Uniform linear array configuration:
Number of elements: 24
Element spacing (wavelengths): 0.25
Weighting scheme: hamming
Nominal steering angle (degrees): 60
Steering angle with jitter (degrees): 58.436
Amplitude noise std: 0.05
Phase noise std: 0.05

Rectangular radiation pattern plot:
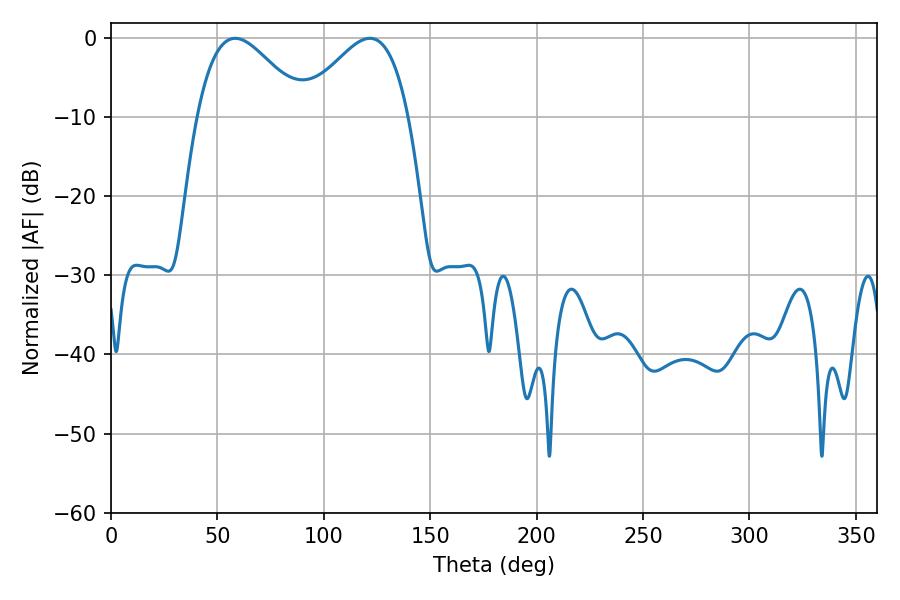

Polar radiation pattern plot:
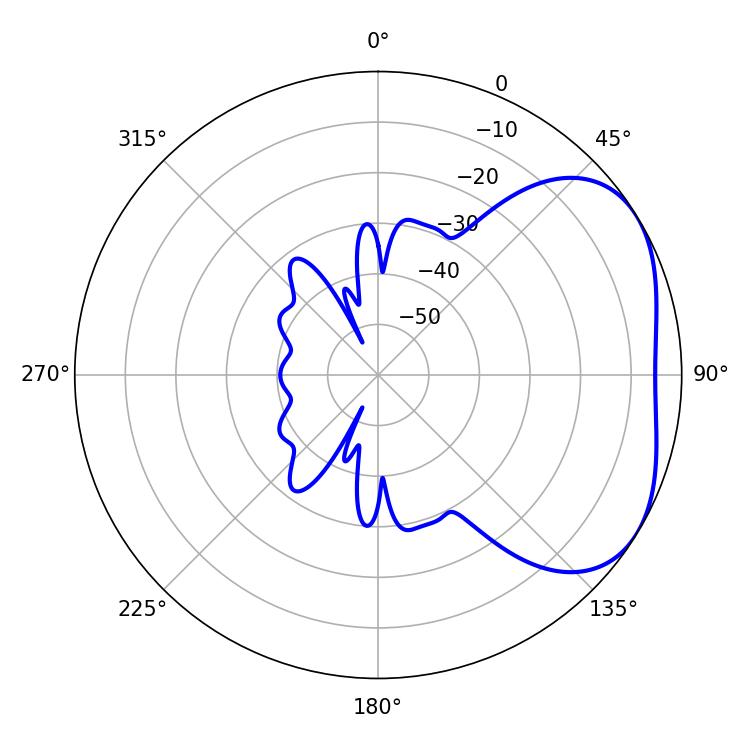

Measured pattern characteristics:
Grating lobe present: FALSE
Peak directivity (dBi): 3.472
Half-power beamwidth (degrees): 27
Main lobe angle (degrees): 58.32